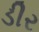
ડીર